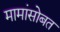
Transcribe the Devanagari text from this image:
मामांसोबत